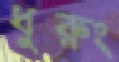
ধুরুং